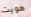
هويت